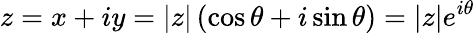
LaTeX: z=x+iy=|z|\left(\cos\theta+i\sin\theta\right)=|z|e^{i\theta}